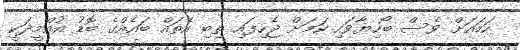
ހަމައަށް ވެސް ބޯހިޔާވަހި ކަމަށް ޖެހިފައި ތިބި އެތައް ބައެއްގެ ބޮޑު އުއްމީދަކީ